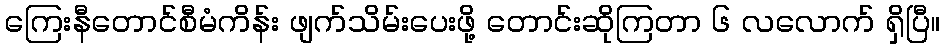
ကြေးနီတောင်စီမံကိန်း ဖျက်သိမ်းပေးဖို့ တောင်းဆိုကြတာ ၆ လလောက် ရှိပြီ။